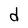
Character: d